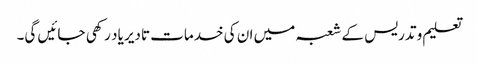
تعلیم و تدریس کے شعبہ میں ان کی خدمات تادیر یاد رکھی جائیں گی۔